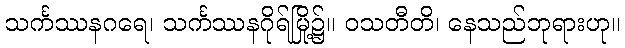
သင်္ကဿနဂရေ၊ သင်္ကဿနဂိုရ်မြို့၌။ ဝသတီတိ၊ နေသည်ဘုရားဟု။